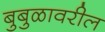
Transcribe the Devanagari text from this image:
बुबुळावरील